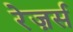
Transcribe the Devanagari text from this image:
रेज़र्स